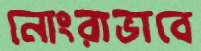
নোংরাভাবে